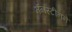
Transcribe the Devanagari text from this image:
मॅनस्टीनने